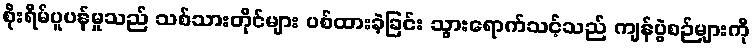
စိုးရိမ်ပူပန်မှုသည် သစ်သားတိုင်များ ပစ်ထားခဲ့ခြင်း သွားရောက်သင့်သည် ကျန်ပွဲစဉ်များကို